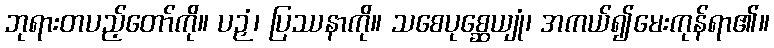
ဘုရားတပည့်တော်ကို။ ပဉှံ၊ ပြဿနာကို။ သစေပုစ္ဆေယျုံ၊ အကယ်၍မေးကုန်ရာ၏။